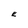
Character: E